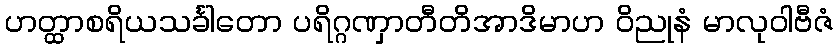
ဟတ္ထာစရိယသင်္ခါတော ပရိဂ္ဂဏှာတီတိအာဒိမာဟ ဝိညုနံ မာလုဝါဗီဇံ